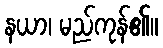
နယာ၊ မည်ကုန်၏။